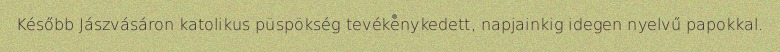
Később Jászvásáron katolikus püspökség tevékenykedett, napjainkig idegen nyelvű papokkal.